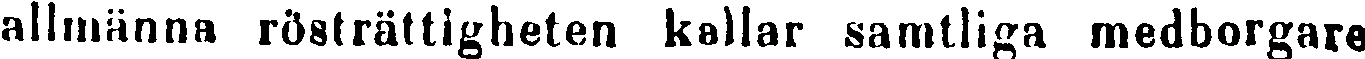
allmänna rösträttigheten kallar samtliga medborgare